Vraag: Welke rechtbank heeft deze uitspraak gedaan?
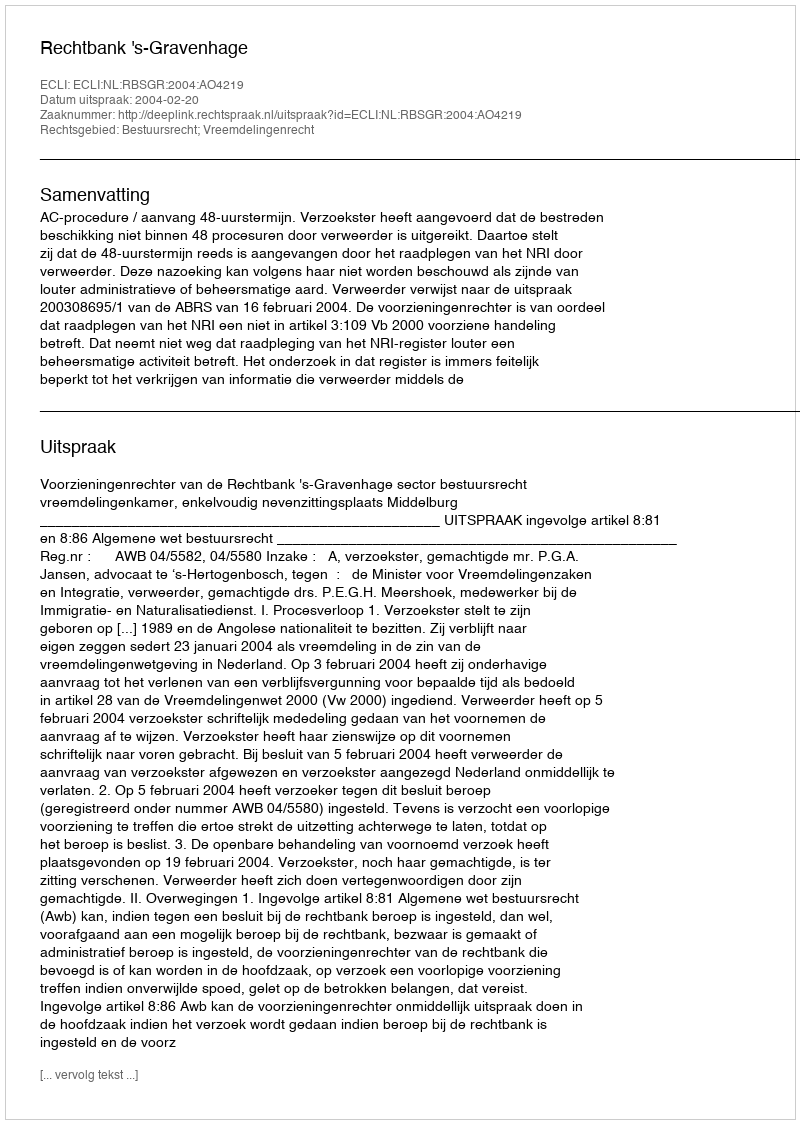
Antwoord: Rechtbank 's-Gravenhage